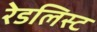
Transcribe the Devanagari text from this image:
रेडलिस्ट